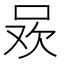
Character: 𭇲